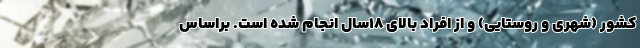
کشور (شهری و روستایی) و از افراد بالای ۱۸سال انجام شده است. براساس